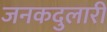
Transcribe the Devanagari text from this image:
जनकदुलारी